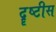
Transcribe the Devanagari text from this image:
दॄष्टीस